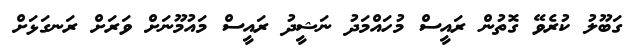
ގަބޫލު ކުރެވޭ ގޮތުން ރައީސް މުހައްމަދު ނަޝީދު ރައީސް މައުމޫނަށް ވަރަށް ރަނގަޅަށް